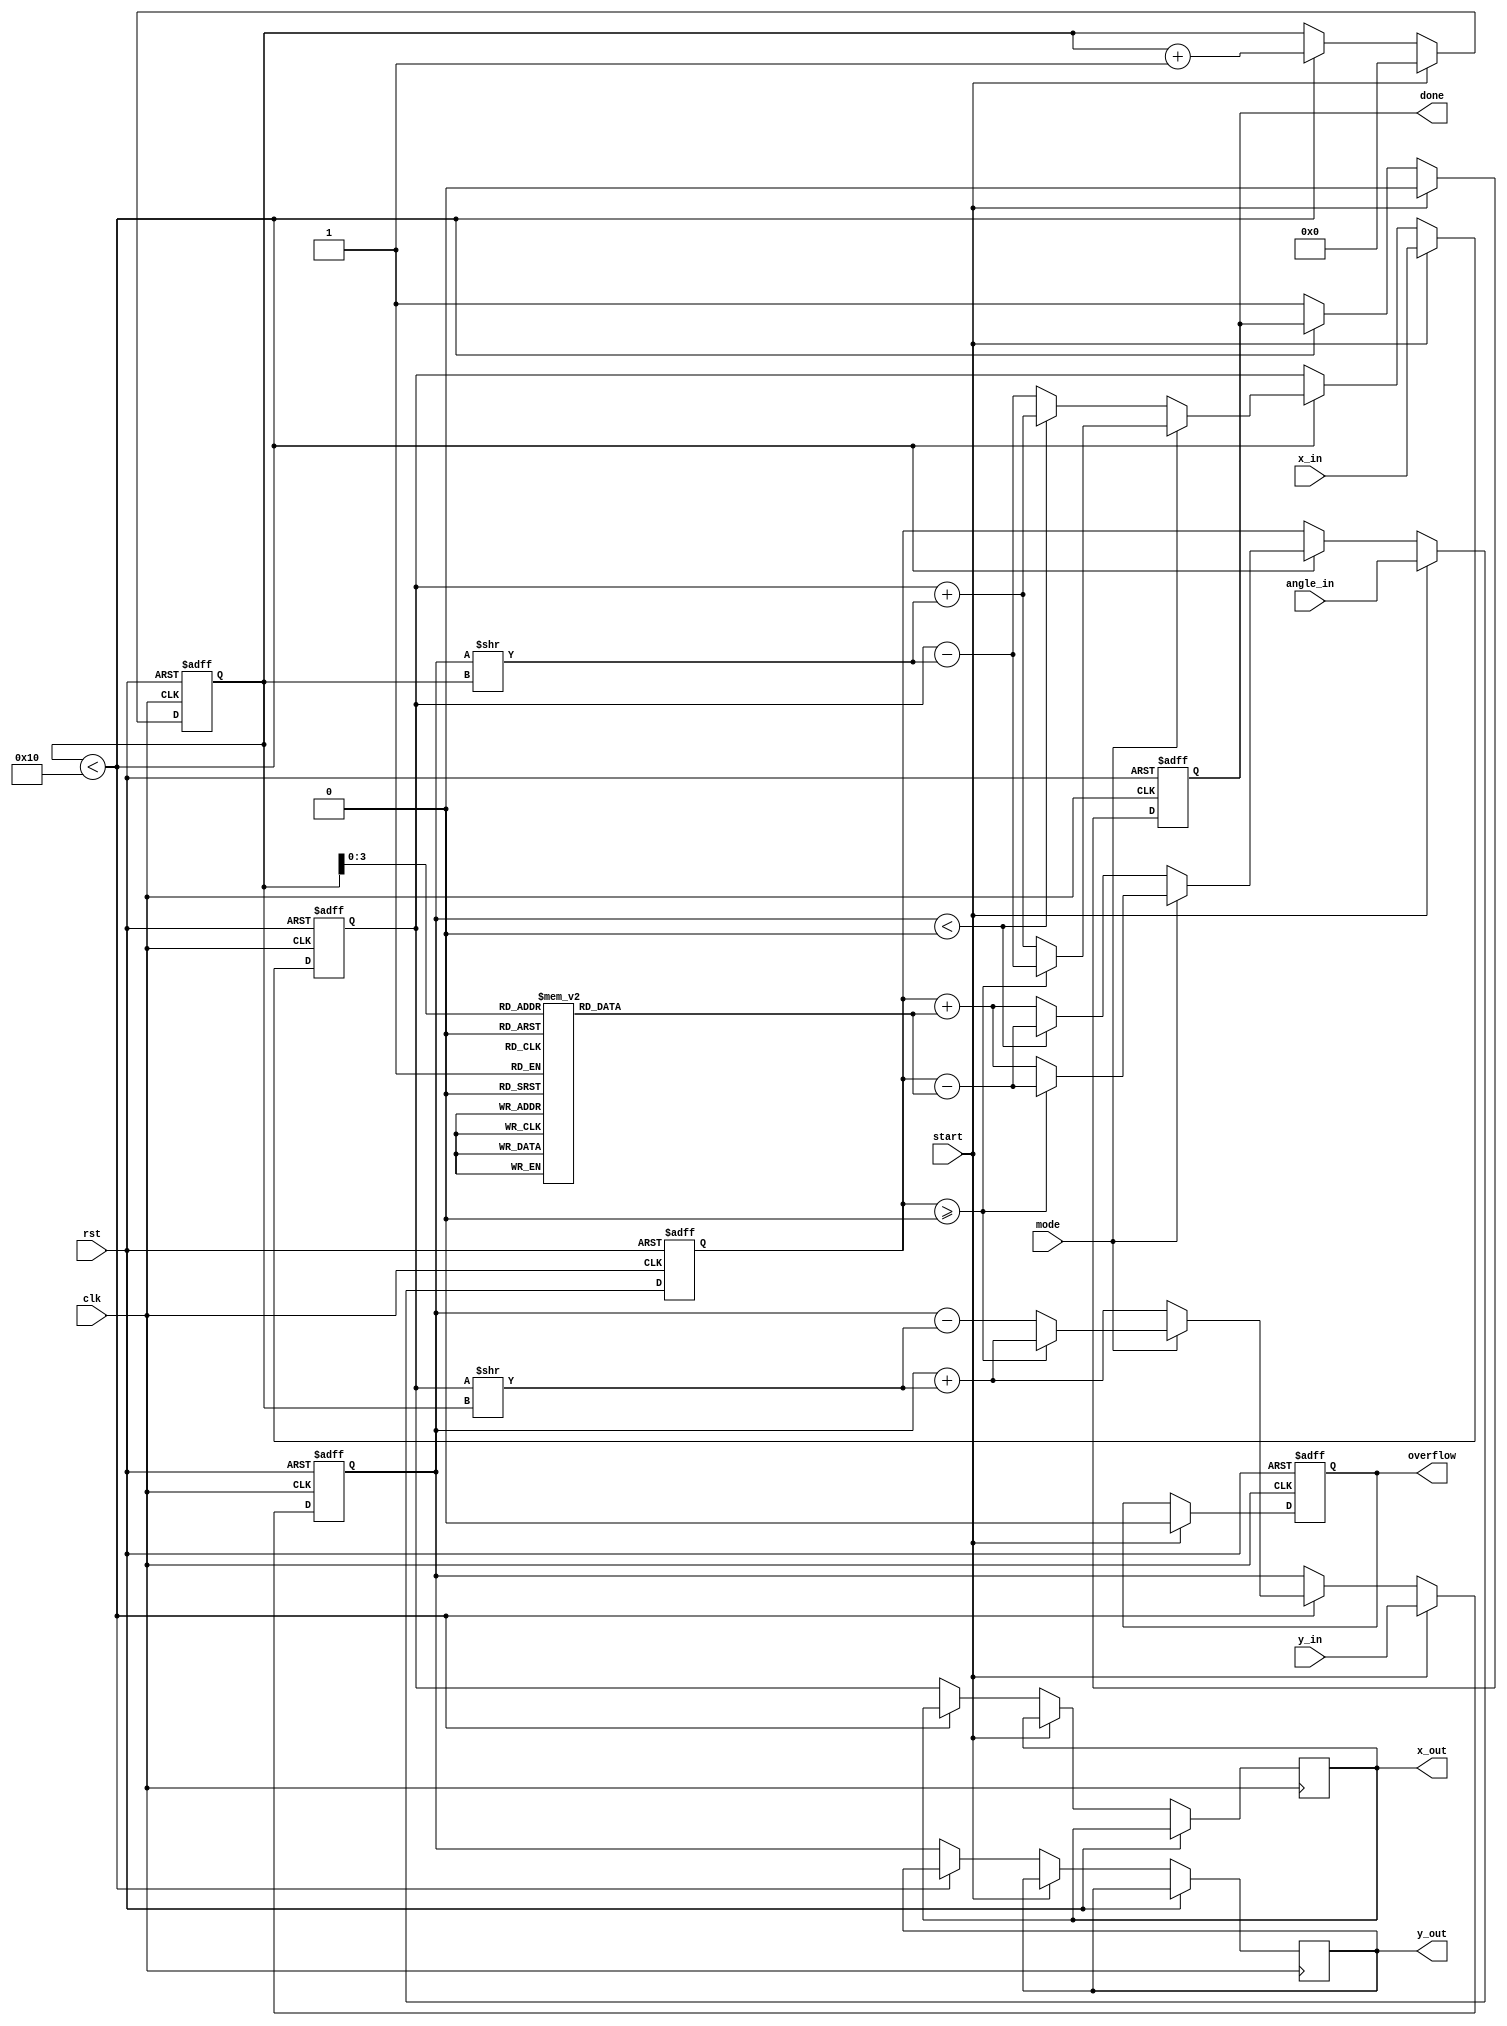
module cordic #(
    parameter N = 16,               // Number of iterations
    parameter WIDTH = 16,           // Bit-width of input/output
    parameter ANGLE_WIDTH = 16      // Bit-width for angle input
)(
    input wire clk,
    input wire rst,
    input wire [WIDTH-1:0] x_in,    // Input X
    input wire [WIDTH-1:0] y_in,    // Input Y
    input wire [ANGLE_WIDTH-1:0] angle_in, // Input angle for rotation
    input wire mode,                 // 0: vectoring, 1: rotation
    input wire start,                // Start signal
    output reg [WIDTH-1:0] x_out,   // Output X
    output reg [WIDTH-1:0] y_out,   // Output Y
    output reg done,                 // Done signal
    output reg overflow              // Overflow flag
);

    reg [WIDTH-1:0] x, y;            // Internal X and Y registers
    reg [ANGLE_WIDTH-1:0] angle;     // Internal angle register
    reg [4:0] iteration_count;        // Iteration counter
    reg [ANGLE_WIDTH-1:0] atan_table [0:N-1]; // Lookup table for atan(2^-i)

    // Initialize atan lookup table
    initial begin
        atan_table[0] = 16'h2000; // atan(1) = pi/4
        atan_table[1] = 16'h1000; // atan(0.5) = pi/6
        atan_table[2] = 16'h0800; // atan(0.25) = pi/12
        // ... fill in remaining values
    end

    // CORDIC Iteration process
    always @(posedge clk or posedge rst) begin
        if (rst) begin
            x <= 0;
            y <= 0;
            angle <= 0;
            iteration_count <= 0;
            done <= 0;
            overflow <= 0;
        end else if (start) begin
            x <= x_in;
            y <= y_in;
            angle <= angle_in;
            iteration_count <= 0;
            done <= 0;
            overflow <= 0;
        end else if (iteration_count < N) begin
            if (mode) begin // Rotation Mode
                if (angle >= 0) begin
                    x <= x - (y >> iteration_count);
                    y <= y + (x >> iteration_count);
                    angle <= angle - atan_table[iteration_count];
                end else begin
                    x <= x + (y >> iteration_count);
                    y <= y - (x >> iteration_count);
                    angle <= angle + atan_table[iteration_count];
                end
            end else begin // Vectoring Mode
                if (y < 0) begin
                    x <= x + (y >> iteration_count);
                    y <= y + (x >> iteration_count);
                    angle <= angle - atan_table[iteration_count];
                end else begin
                    x <= x - (y >> iteration_count);
                    y <= y + (x >> iteration_count);
                    angle <= angle + atan_table[iteration_count];
                end
            end
            iteration_count <= iteration_count + 1;
        end else begin
            x_out <= x;
            y_out <= y;
            done <= 1;
            // Handle overflow logic if necessary
        end
    end

endmodule